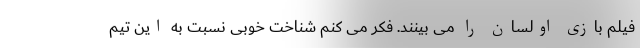
فیلم بازی اولسان را می بینند. فکر می کنم شناخت خوبی نسبت به این تیم